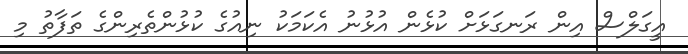
އީގަލްސް އިން ރަނގަޅަށް ކުޅެން އުޅުނު އެކަމަކު ނިއުގެ ކުޅުންތެރިންގެ ތަފާތު މި